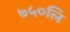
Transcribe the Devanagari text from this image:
७५०लि